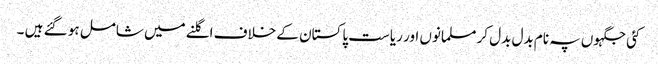
کئی جگہوں پہ نام بدل بدل کر مسلمانوں اور ریاست پاکستان کے خلاف اگلنے میں شامل ہو گئے ہیں ۔